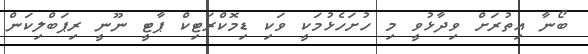
ބޯނާ އިތުރަށް ވިދާޅުވީ މި ހުށަހެޅުމަކީ ވަކި ޑިމޮކްރަޓިކް ޕާޓީ ނޫނީ ރިޕަބްލިކަން